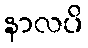
နာလပိ